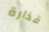
قذارة